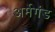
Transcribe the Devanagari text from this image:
अर्मेगंड